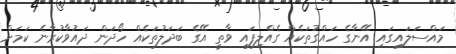
މައްސަލައިގައި އޭނާގެ ހައްގުތަކެއް ގެއްލިފައި ވާތީ އޭގެ ބަދަލުތަކެއް ހޯދަން ދައުވާކުރާނެ ކަމަށް